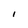
Character: I